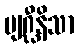
ဗျဂ္ဃီနိသာ